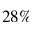
2 8 \%